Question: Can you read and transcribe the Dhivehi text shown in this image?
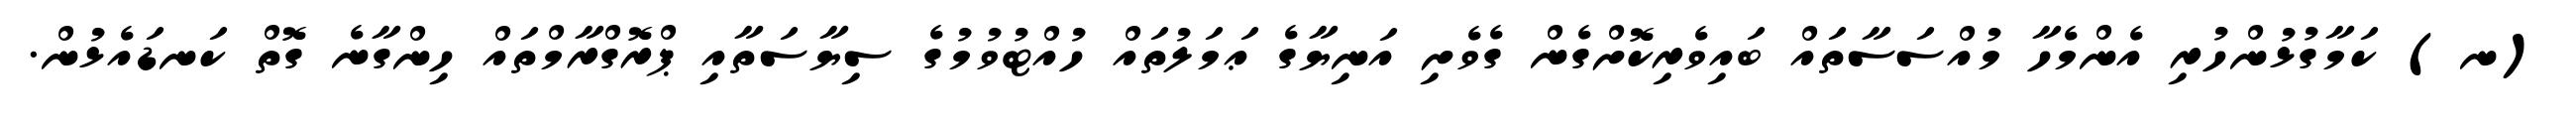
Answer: (ނ) ކަމާގުޅުންހުރި އެންމެހާ މުއްސަސާތައް ބައިވެރިކޮށްގެން ގެވެށި އަނިޔާގެ ޢަމަލުތައް ހުއްޓުވުމުގެ ސިޔާސަތާއި ޕްރޮގްރާމްތައް ހިންގާނެ ގޮތް ކަނޑައެޅުން.